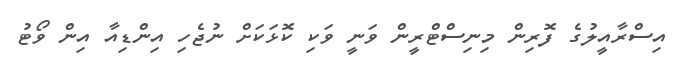
އިސްރާއީލުގެ ފޮރިން މިނިސްޓްރީން ވަނީ ވަކި ކޮޅަކަށް ނުޖެހި އިންޑިއާ އިން ވޯޓު